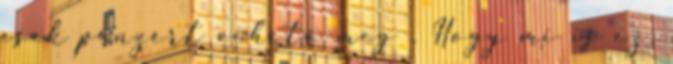
csak pénzért vehető meg . Hogy mi is ez,